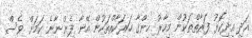
އަދި އިދިކޮޅު ފަރާތްތަކުން މިހާރު ހިންގާ ހަރަކާތްތަކުން އޭނާ ފެންނާނެ ކަމަށް ވެސް